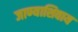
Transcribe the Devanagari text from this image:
जाण्याशिवाय